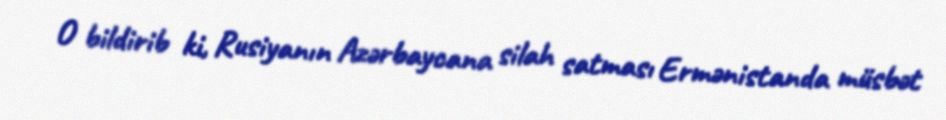
O bildirib ki, Rusiyanın Azərbaycana silah satması Ermənistanda müsbət